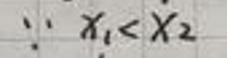
\(\therefore x_{1}<x_{2}\)